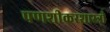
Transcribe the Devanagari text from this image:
पणशीकरशास्त्री